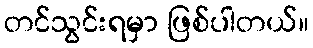
တင်သွင်းရမှာ ဖြစ်ပါတယ်။